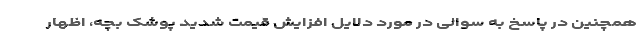
همچنین در پاسخ به سوالی در مورد دلایل افزایش قیمت شدید پوشک بچه، اظهار